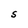
Character: S